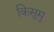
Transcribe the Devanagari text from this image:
किसुमु